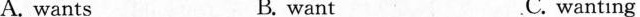
A. wants B. want C. wanting